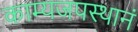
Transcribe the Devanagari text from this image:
काम्यजपस्थानं